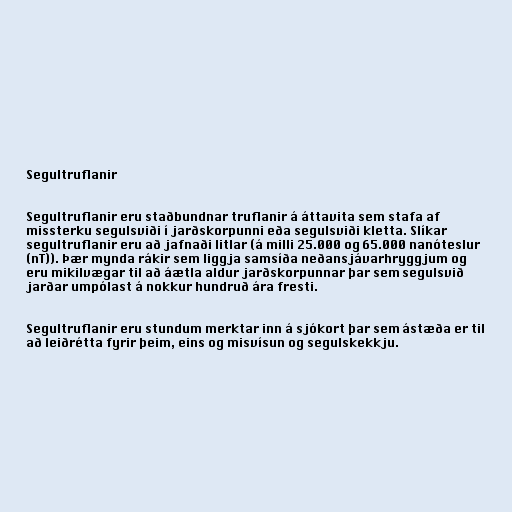
Segultruflanir

Segultruflanir eru staðbundnar truflanir á áttavita sem stafa af
missterku segulsviði í jarðskorpunni eða segulsviði kletta. Slíkar
segultruflanir eru að jafnaði litlar (á milli 25.000 og 65.000 nanóteslur
(nT)). Þær mynda rákir sem liggja samsíða neðansjávarhryggjum og
eru mikilvægar til að áætla aldur jarðskorpunnar þar sem segulsvið
jarðar umpólast á nokkur hundruð ára fresti.

Segultruflanir eru stundum merktar inn á sjókort þar sem ástæða er til
að leiðrétta fyrir þeim, eins og misvísun og segulskekkju.